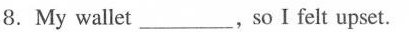
8.My walle ___ ,so Ⅰ felt upset.